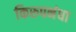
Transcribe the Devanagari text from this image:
किरुपनंधा